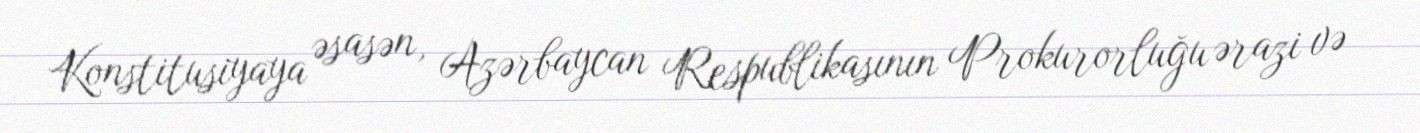
Konstitusiyaya əsasən, Azərbaycan Respublikasının Prokurorluğu ərazi və